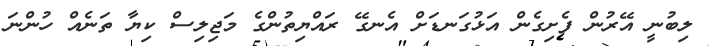
ލިބުނީ އޭރުން ފެށިގެން އަޅުގަނޑަށް އެނގޭ ރައްޔިތުންގެ މަޖިލިސް ކިޔާ ތަނެއް ހުންނަ